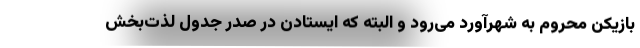
بازیکن محروم به شهرآورد می‌رود و البته که ایستادن در صدر جدول لذت‌بخش